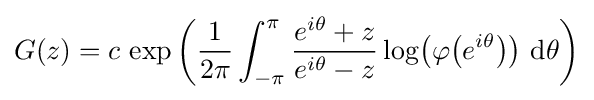
G(z)=c\,\exp \left({\frac {1}{2\pi }}\int _{-\pi }^{\pi }{\frac {e^{i\theta }+z}{e^{i\theta }-z}}\log \!\left(\varphi \!\left(e^{i\theta }\right)\right)\,\mathrm {d} \theta \right)